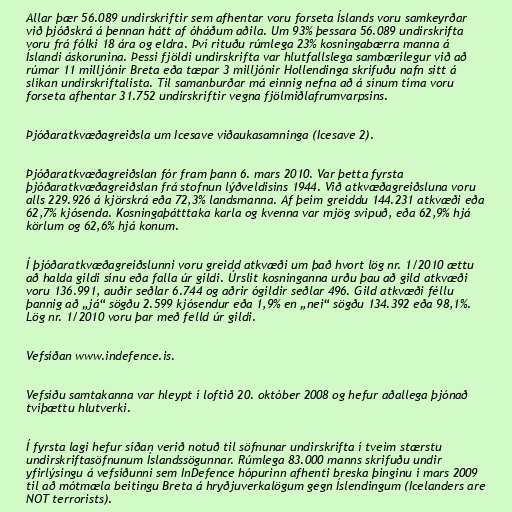
Allar þær 56.089 undirskriftir sem afhentar voru forseta Íslands voru samkeyrðar
við þjóðskrá á þennan hátt af óháðum aðila. Um 93% þessara 56.089 undirskrifta
voru frá fólki 18 ára og eldra. Því rituðu rúmlega 23% kosningabærra manna á
Íslandi áskorunina. Þessi fjöldi undirskrifta var hlutfallslega sambærilegur við að
rúmar 11 milljónir Breta eða tæpar 3 milljónir Hollendinga skrifuðu nafn sitt á
slíkan undirskriftalista. Til samanburðar má einnig nefna að á sínum tíma voru
forseta afhentar 31.752 undirskriftir vegna fjölmiðlafrumvarpsins.

Þjóðaratkvæðagreiðsla um Icesave viðaukasamninga (Icesave 2).

Þjóðaratkvæðagreiðslan fór fram þann 6. mars 2010. Var þetta fyrsta
þjóðaratkvæðagreiðslan frá stofnun lýðveldisins 1944. Við atkvæðagreiðsluna voru
alls 229.926 á kjörskrá eða 72,3% landsmanna. Af þeim greiddu 144.231 atkvæði eða
62,7% kjósenda. Kosningaþátttaka karla og kvenna var mjög svipuð, eða 62,9% hjá
körlum og 62,6% hjá konum.

Í þjóðaratkvæðagreiðslunni voru greidd atkvæði um það hvort lög nr. 1/2010 ættu
að halda gildi sínu eða falla úr gildi. Úrslit kosninganna urðu þau að gild atkvæði
voru 136.991, auðir seðlar 6.744 og aðrir ógildir seðlar 496. Gild atkvæði féllu
þannig að „já“ sögðu 2.599 kjósendur eða 1,9% en „nei“ sögðu 134.392 eða 98,1%.
Lög nr. 1/2010 voru þar með felld úr gildi.

Vefsíðan www.indefence.is.

Vefsíðu samtakanna var hleypt í loftið 20. október 2008 og hefur aðallega þjónað
tvíþættu hlutverki.

Í fyrsta lagi hefur síðan verið notuð til söfnunar undirskrifta í tveim stærstu
undirskriftasöfnunum Íslandssögunnar. Rúmlega 83.000 manns skrifuðu undir
yfirlýsingu á vefsíðunni sem InDefence hópurinn afhenti breska þinginu í mars 2009
til að mótmæla beitingu Breta á hryðjuverkalögum gegn Íslendingum (Icelanders are
NOT terrorists).